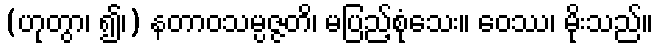
(ဟုတွာ၊ ၍၊) နတာဝသမ္ပဇ္ဇတိ၊ မပြည့်စုံသေး။ ဝေဿ၊ မိုးသည်။